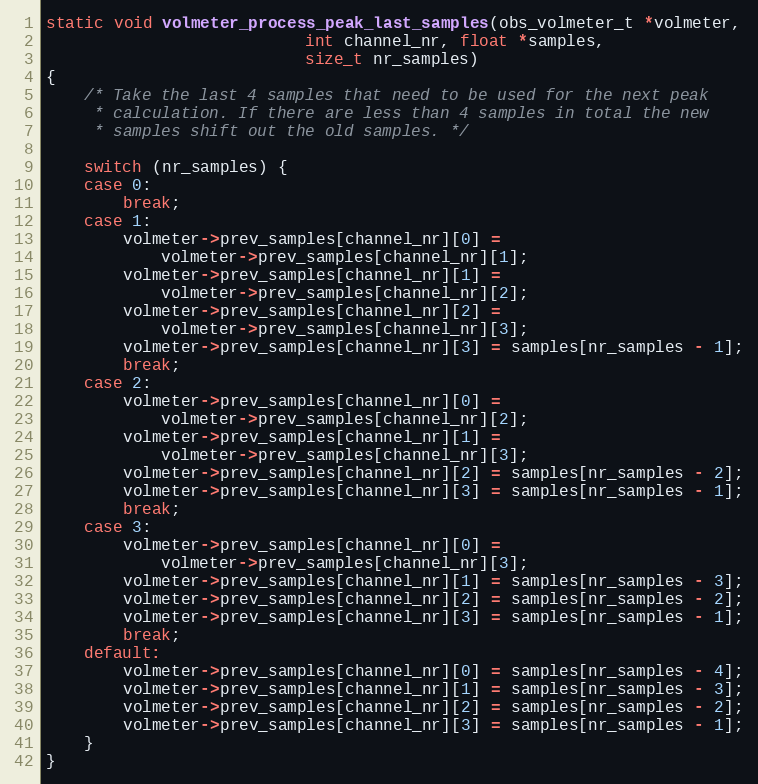
Language: C
static void volmeter_process_peak_last_samples(obs_volmeter_t *volmeter,
					       int channel_nr, float *samples,
					       size_t nr_samples)
{
	/* Take the last 4 samples that need to be used for the next peak
	 * calculation. If there are less than 4 samples in total the new
	 * samples shift out the old samples. */

	switch (nr_samples) {
	case 0:
		break;
	case 1:
		volmeter->prev_samples[channel_nr][0] =
			volmeter->prev_samples[channel_nr][1];
		volmeter->prev_samples[channel_nr][1] =
			volmeter->prev_samples[channel_nr][2];
		volmeter->prev_samples[channel_nr][2] =
			volmeter->prev_samples[channel_nr][3];
		volmeter->prev_samples[channel_nr][3] = samples[nr_samples - 1];
		break;
	case 2:
		volmeter->prev_samples[channel_nr][0] =
			volmeter->prev_samples[channel_nr][2];
		volmeter->prev_samples[channel_nr][1] =
			volmeter->prev_samples[channel_nr][3];
		volmeter->prev_samples[channel_nr][2] = samples[nr_samples - 2];
		volmeter->prev_samples[channel_nr][3] = samples[nr_samples - 1];
		break;
	case 3:
		volmeter->prev_samples[channel_nr][0] =
			volmeter->prev_samples[channel_nr][3];
		volmeter->prev_samples[channel_nr][1] = samples[nr_samples - 3];
		volmeter->prev_samples[channel_nr][2] = samples[nr_samples - 2];
		volmeter->prev_samples[channel_nr][3] = samples[nr_samples - 1];
		break;
	default:
		volmeter->prev_samples[channel_nr][0] = samples[nr_samples - 4];
		volmeter->prev_samples[channel_nr][1] = samples[nr_samples - 3];
		volmeter->prev_samples[channel_nr][2] = samples[nr_samples - 2];
		volmeter->prev_samples[channel_nr][3] = samples[nr_samples - 1];
	}
}